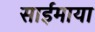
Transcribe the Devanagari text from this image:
साईमाया